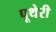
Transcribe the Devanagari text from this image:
पूथेरी